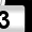
Digit: 3